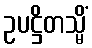
ဥပဋ္ဌိတသ္မိံ